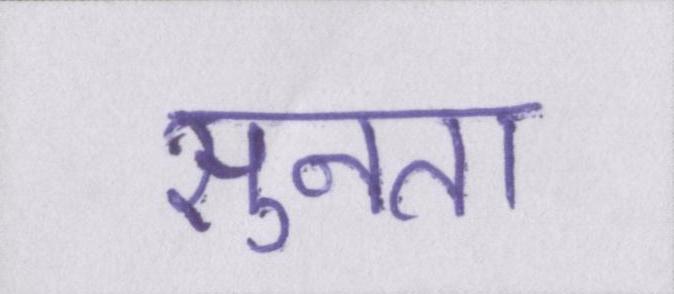
सुनता